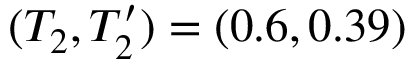
( T _ { 2 } , T _ { 2 } ^ { \prime } ) = ( 0 . 6 , 0 . 3 9 )